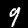
Label: 9